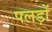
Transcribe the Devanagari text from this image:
पलड़ों